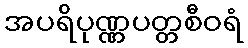
အပရိပုဏ္ဏပတ္တစီဝရံ